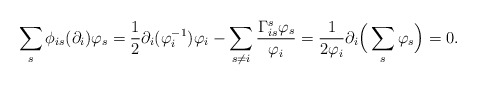
\begin{align*} \sum_s\phi_{is}(\partial_i)\varphi_s&=\frac{1}{2}\partial_i(\varphi^{-1}_i)\varphi_i-\sum_{s\neq i}\frac{\Gamma_{is}^s\varphi_s}{\varphi_i}=\frac{1}{2\varphi_i}\partial_i\Big(\sum_s\varphi_s\Big)=0. \end{align*}